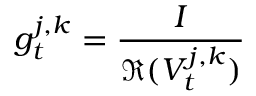
g _ { t } ^ { j , k } = \frac { I } { \mathfrak R ( V _ { t } ^ { j , k } ) }